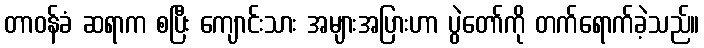
တာဝန်ခံ ဆရာက စပြီး ကျောင်းသား အများအပြားဟာ ပွဲတော်ကို တက်ရောက်ခဲ့သည်။